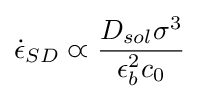
{\dot {\epsilon }}_{SD}\varpropto {\frac {D_{sol}\sigma ^{3}}{\epsilon _{b}^{2}c_{0}}}